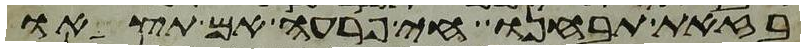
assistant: בזאת תבחנו חי פרעה אם תצאו